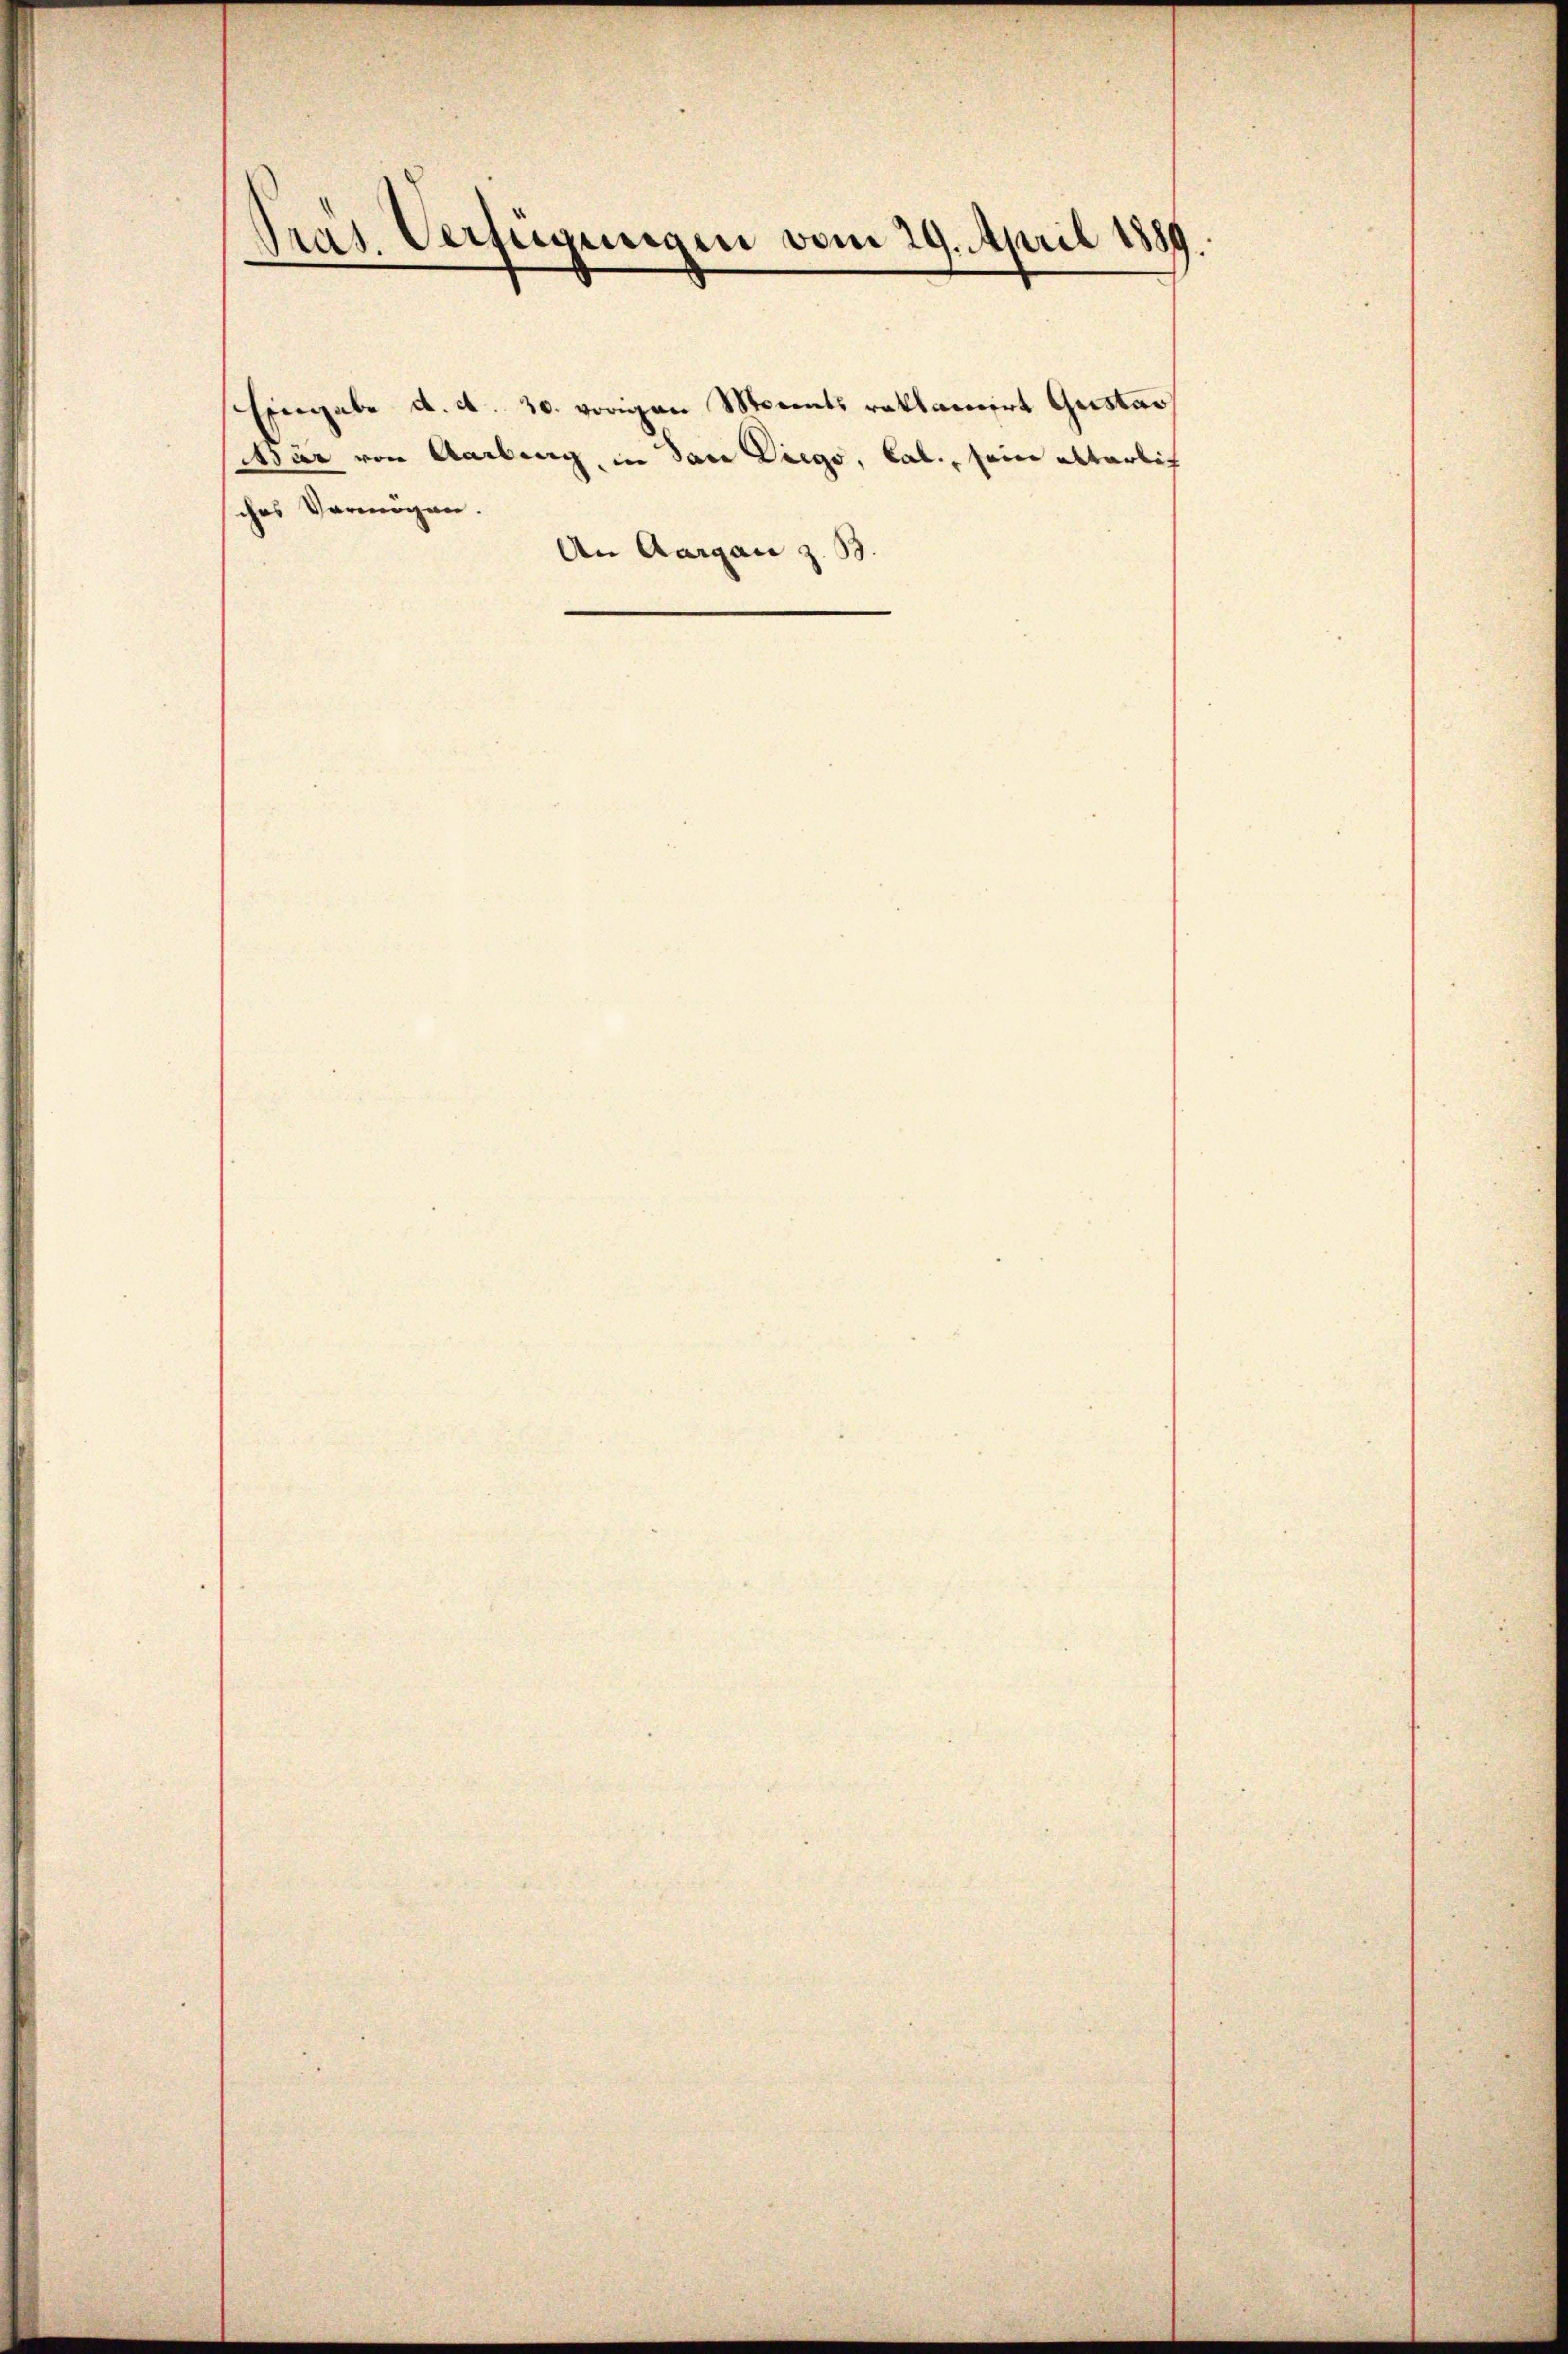
d
Präs. Verfügungen vom 29. April 1889.

sches Vermögen.
An Aargau z. B.

Eingabe d. d. 30. vorigen Monats reklamirt Gustavs
sir von Aarberg, in das Diego, Cab., seine abbarlich